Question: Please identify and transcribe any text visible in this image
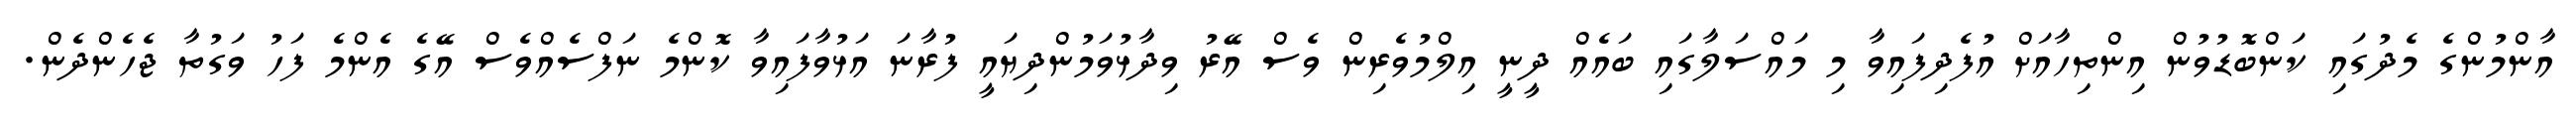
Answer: އާންމުންގެ މެދުގައި ކަންބޮޑުވުން އިންތިހާއަށް އުފެދިފައިވާ މި މައްސަލާގައި ބައެއް ދީނީ އިލްމުވެރިން ވެސް އޭރު ވިދާޅުވަމުންދިޔައީ ފުރާނަ އަޅުވާފައިވާ ކޮންމެ ނަފްސެއްވެސް އޭގެ އެންމެ ފަހު ވަގުތާ ޖެހެންދެން.